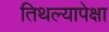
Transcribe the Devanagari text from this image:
तिथल्यापेक्षा